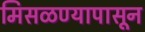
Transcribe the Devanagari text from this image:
मिसळण्यापासून